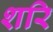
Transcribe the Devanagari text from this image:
शरि